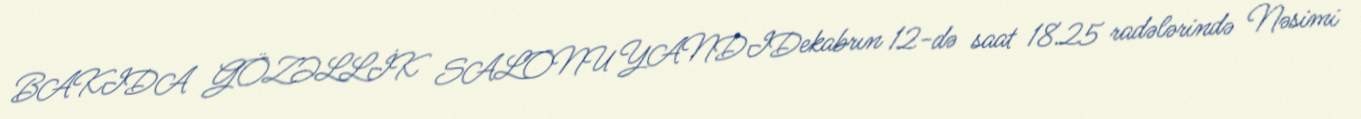
BAKIDA GÖZƏLLİK SALONU YANDIDekabrın 12-də saat 18.25 radələrində Nəsimi